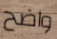
واضح